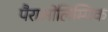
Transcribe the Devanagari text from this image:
पैराओलिम्पिक